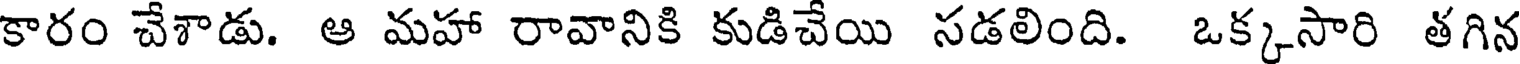
కారం చేశాడు. ఆ మహా రావానికి కుడిచేయి సడలింది. ఒక్కసారి తగిన